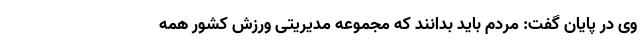
وی در پایان گفت: مردم باید بدانند که مجموعه مدیریتی ورزش کشور همه